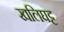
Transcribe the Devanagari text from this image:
खलिघट्ट